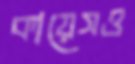
কায়েসও